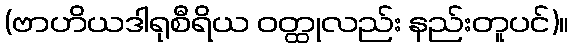
(ဗာဟိယဒါရုစီရိယ ဝတ္ထုလည်း နည်းတူပင်)။